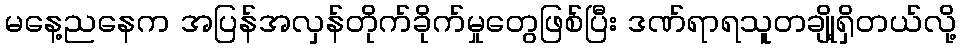
မနေ့ညနေက အပြန်အလှန်တိုက်ခိုက်မှုတွေဖြစ်ပြီး ဒဏ်ရာရသူတချို့ရှိတယ်လို့